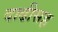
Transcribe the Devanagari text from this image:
दाढीसह